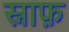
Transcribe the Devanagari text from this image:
स्नाफ़